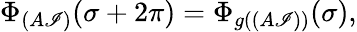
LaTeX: \Phi_{(A\mathscr{I})}(\sigma+2\pi)=\Phi_{g((A\mathscr{I}))}(\sigma),